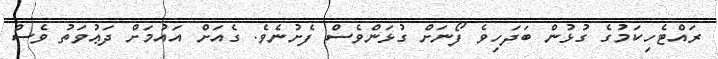
ރައްޓެހިކަމުގެ ގުޅުން ބަދަހިވެ ފޯނަށް ގުޅަންވެސް ފެށުނެވެ. ގެއަށް އައުމަށް ދަޢުވަތު ވެސް